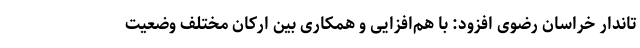
تاندار خراسان رضوی افزود: با هم‌افزایی و همکاری بین ارکان مختلف وضعیت